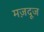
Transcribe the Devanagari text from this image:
मज़दूज